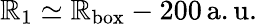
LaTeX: \mathbb{R}_{1}\simeq\mathbb{R}_{\mathrm{{box}}}-200\, \mathrm{{a.u.}}